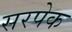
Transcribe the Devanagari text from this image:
सरपेक